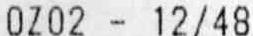
0Z02 - 12/48